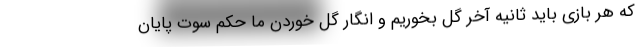
که هر بازی باید ثانیه آخر گل بخوریم و انگار گل خوردن ما حکم سوت پایان